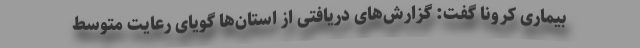
بیماری کرونا گفت: گزار‌ش‌های دریافتی از استان‌ها گویای رعایت متوسط